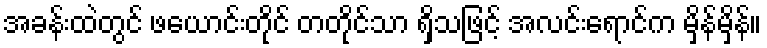
အခန်းထဲတွင် ဖယောင်းတိုင် တတိုင်သာ ရှိသဖြင့် အလင်းရောင်က မှိန်မှိန်။